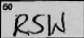
Transcription: RSW